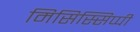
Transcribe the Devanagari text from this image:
मिसिस्सिप्पी